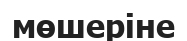
мөшеріне